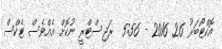
އޮކްޓޯބަރު 26